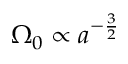
\Omega _ { 0 } \propto a ^ { - \frac { 3 } { 2 } }